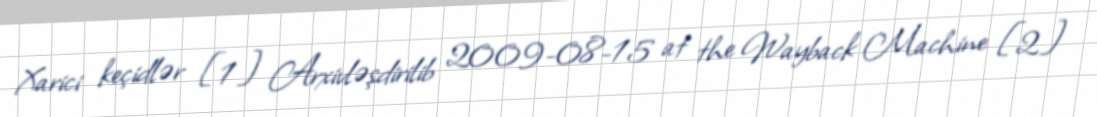
Xarici keçidlər [1] Arxivləşdirilib 2009-08-15 at the Wayback Machine [2]